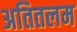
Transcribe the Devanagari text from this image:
अतितलम